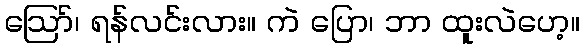
ဪ၊ ရန်လင်းလား။ ကဲ ပြော၊ ဘာ ထူးလဲဟေ့။